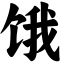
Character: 饿